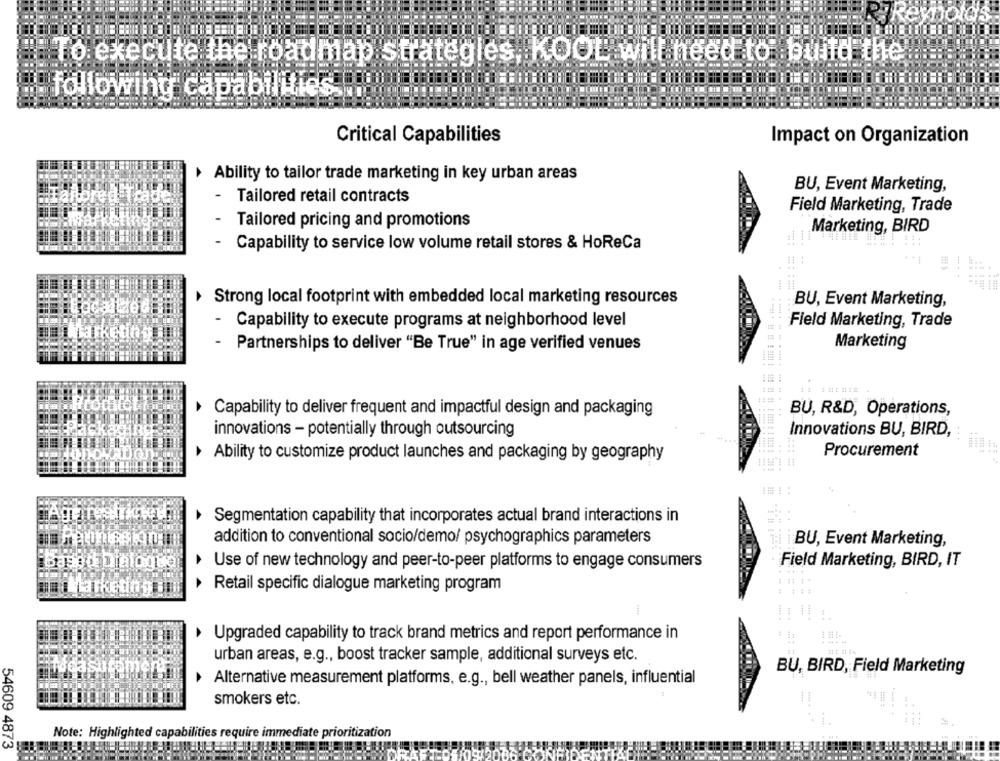
To execute the roadmap strategies, KOOL will need to :
following capabilities
Critical Capabilities
Impact on Organization
Ability to tailor trade marketing in key urban areas
BU, Event Marketing,
Tailored retail contracts
Field Marketing, Trade
Tailored pricing and promotions
Marketing, BIRD
Capability to service low volume retail stores & HoReCa
Strong local footprint with embedded local marketing resources
BU, Event Marketing,
- Capability to execute programs at neighborhood level
Field Marketing, Trade
- Partnerships to deliver "Be True" in age verified venues
Marketing
BU, R&D, Operations,
Capability to deliver frequent and impactful design and packaging
innovations - potentially through outsourcing
Innovations BU, BIRD,
Procurement
Ability to customize product launches and packaging by geography
Segmentation capability that incorporates actual brand interactions in
addition to conventional socio/demo/ psychographics parameters
iBU, Event Marketing,
Field Marketing, BIRD, IT
Use of new technology and peer-to-peer platforms to engage consumers
Retail specific dialogue marketing program
Upgraded capability to track brand metrics and report performance in
urban areas, e.g ., boost tracker sample, additional surveys etc.
BU, BIRD, Field Marketing
Alternative measurement platforms, e.g ., bell weather panels, influential
smokers etc.
Note: Highlig
abilities require immediate prioritization
54609 4873